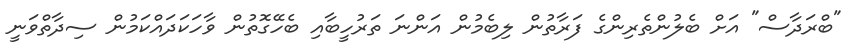
"ބްރަދާސް" އަށް ބެލުންތެރިންގެ ފަރާތުން ލިބެމުން އަންނަ ތަރުހީބާއި ބެހޭގޮތުން ވާހަކަދައްކަމުން ސިދާތްވަނީ